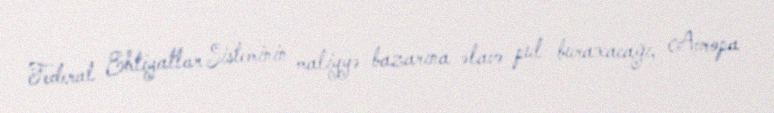
Federal Ehtiyatlar Sisteminin maliyyə bazarına əlavə pul buraxacağı, Avropa